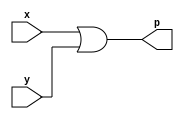
module orgate(
    input x,
    input y,
    output p
);
assign p = (x|y);
endmodule

module andgate(
    input x,
    input y,
    output p
);
assign p = (x&y);
endmodule

module notgate(
    input x,
    output p
);
assign p = ~x;
endmodule

module norgate(
    input x,
    input y,
    output p
);
assign p = ~(x|y);
endmodule

module nandgate(
    input x,
    input y,
    output p
);
assign p = ~(x&y);
endmodule

module noop(
    input x,
    output p
);
assign p = x;
endmodule

module half_adder(
    input a,
    input b,
    output s,
    output c
);
assign s = (a^b);
assign c = (a&b);
endmodule

module full_adder(
    input a,
    input b,
    input c,
    output s,
    output cr
);
assign s = (a^b^c);
assign cr = (a&b|b&c|c&a);
endmodule